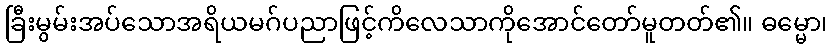
ခြီးမွမ်းအပ်သောအရိယမဂ်ပညာဖြင့်ကိလေသာကိုအောင်တော်မူတတ်၏။ ဓမ္မော၊